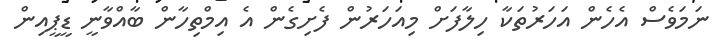
ނަމަވެސް އެހެން އަހަރުތަކާ ހިލާފަށް މިއަހަރުން ފެށިގެން އެ އިމްތިހާން ބާއްވާނީ ޑީޕީއިން